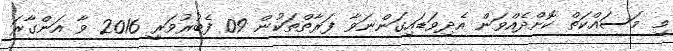
މި މަސައްކަތް ކޮށްދެއްވަން އެދިވަޑައިގަންނަވާ ފަރާތްތަކުން 09 ފެބުރުވަރީ 2016 ވާ އަންގާރަ